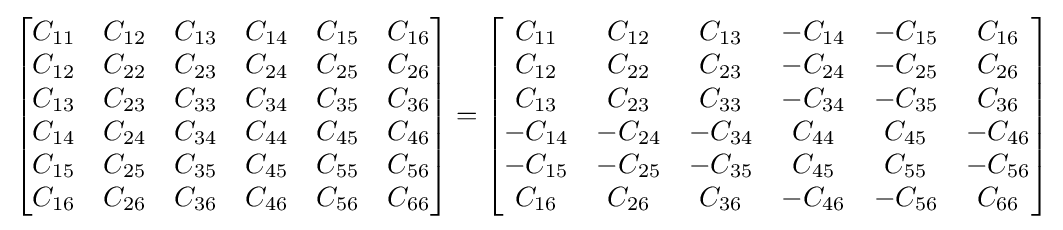
{\begin{bmatrix}C_{11}&C_{12}&C_{13}&C_{14}&C_{15}&C_{16}\\C_{12}&C_{22}&C_{23}&C_{24}&C_{25}&C_{26}\\C_{13}&C_{23}&C_{33}&C_{34}&C_{35}&C_{36}\\C_{14}&C_{24}&C_{34}&C_{44}&C_{45}&C_{46}\\C_{15}&C_{25}&C_{35}&C_{45}&C_{55}&C_{56}\\C_{16}&C_{26}&C_{36}&C_{46}&C_{56}&C_{66}\end{bmatrix}}={\begin{bmatrix}C_{11}&C_{12}&C_{13}&-C_{14}&-C_{15}&C_{16}\\C_{12}&C_{22}&C_{23}&-C_{24}&-C_{25}&C_{26}\\C_{13}&C_{23}&C_{33}&-C_{34}&-C_{35}&C_{36}\\-C_{14}&-C_{24}&-C_{34}&C_{44}&C_{45}&-C_{46}\\-C_{15}&-C_{25}&-C_{35}&C_{45}&C_{55}&-C_{56}\\C_{16}&C_{26}&C_{36}&-C_{46}&-C_{56}&C_{66}\end{bmatrix}}